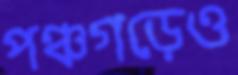
পঞ্চগড়েও